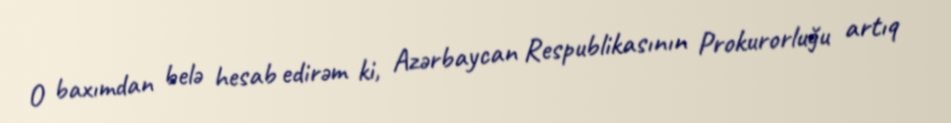
O baxımdan belə hesab edirəm ki, Azərbaycan Respublikasının Prokurorluğu artıq